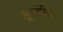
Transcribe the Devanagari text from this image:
सूत्रांपैकी